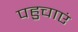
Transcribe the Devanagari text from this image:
पहुचाएं